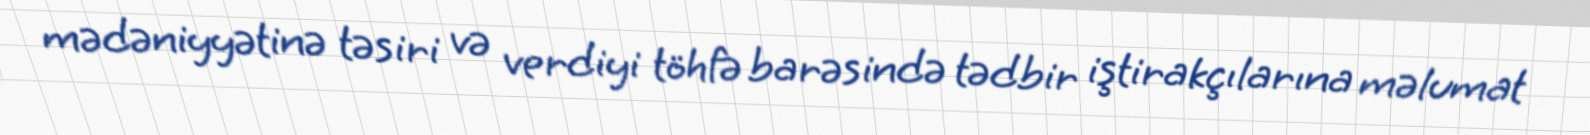
mədəniyyətinə təsiri və verdiyi töhfə barəsində tədbir iştirakçılarına məlumat